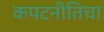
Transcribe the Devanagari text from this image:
कपटनीतिचा